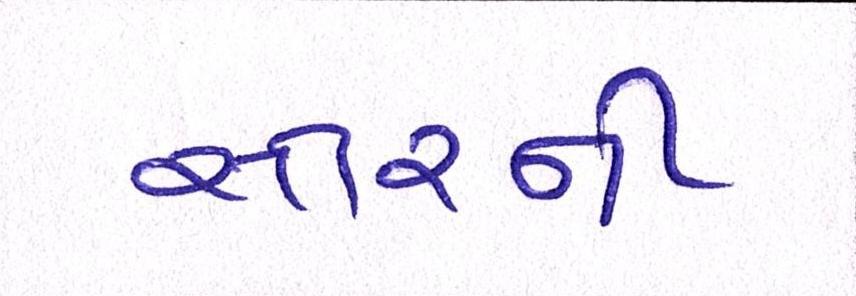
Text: સ્તરની